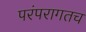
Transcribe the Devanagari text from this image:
परंपरागतच